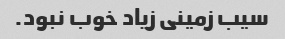
سیب زمینی زیاد خوب نبود.